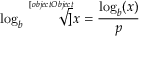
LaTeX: \log _ { b } { \sqrt [ [object Object] ] { x } } = { \frac { \log _ { b } ( x ) } { p } }